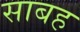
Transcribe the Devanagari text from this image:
साबह